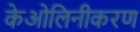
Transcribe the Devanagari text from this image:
केओलिनीकरण